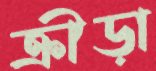
ক্রীড়া